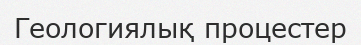
Геологиялық процестер